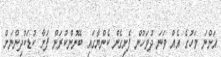
އަންނަ މަހުގެ އެއް ވަނަ ދުވަހުން ފެށިގެން ކެންޔާގައި ބޭނުންކުރަން ފަށާ ކުޑަކުދިންނަށް